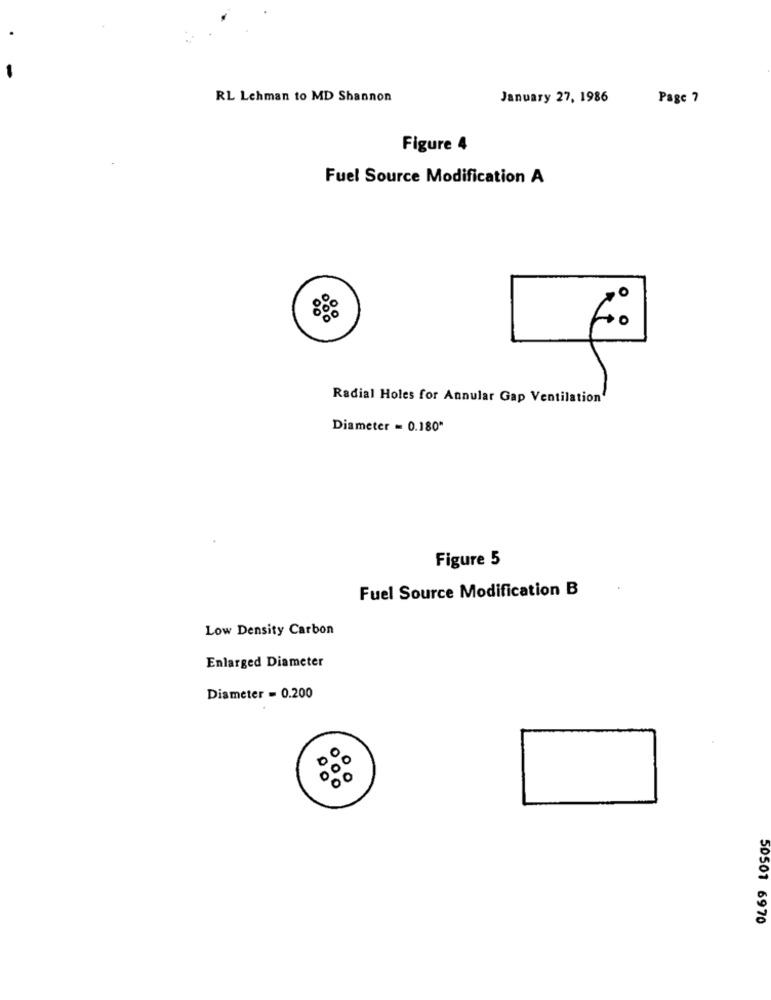
RL Lehman to MD Shannon
January 27, 1986
Page 7
Figure 4
Fuel Source Modification A
0
Radial Holes for Annular Gap Ventilation'
Diameter = 0.180"
Figure 5
Fuel Source Modification B
Low Density Carbon
Enlarged Diameter
Diameter = 0.200
00
000
50501 6970